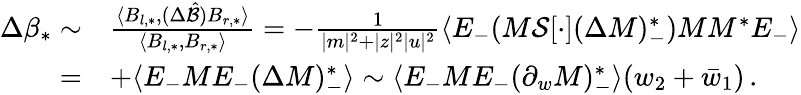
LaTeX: \begin{array}{rl}{\Delta\beta_{*}\sim}&{\frac{\langle B_{l,*},(\Delta\hat{\mathcal{B}})B_{r,*}\rangle}{\langle B_{l,*},B_{r,*}\rangle}=-\frac{1}{|m|^{2}+|z|^{2}|u|^{2}}\langle E_{-}(M\mathcal{S}[\cdot](\Delta M)_{-}^{*})MM^{*}E_{-}\rangle}\\ {=}&{+\langle E_{-}ME_{-}(\Delta M)_{-}^{*}\rangle\sim\langle E_{-}ME_{-}(\partial_{w}M)_{-}^{*}\rangle(w_{2}+\bar{w}_{1})\, .}\end{array}